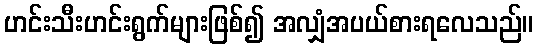
ဟင်းသီးဟင်းရွက်များဖြစ်၍ အလျှံအပယ်စားရလေသည်။